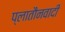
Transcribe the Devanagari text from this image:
प्लातौनवादी